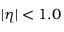
| \eta | < 1 . 0